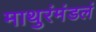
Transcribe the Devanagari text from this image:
माथुरंमंडलं